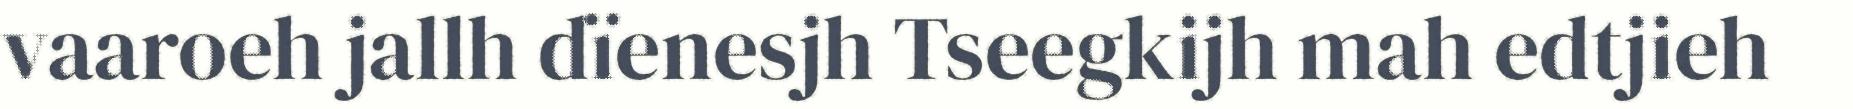
vaaroeh jallh dïenesjh Tseegkijh mah edtjieh